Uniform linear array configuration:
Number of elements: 64
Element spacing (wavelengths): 0.75
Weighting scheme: hamming
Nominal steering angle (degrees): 45
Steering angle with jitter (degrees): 44.237
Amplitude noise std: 0.05
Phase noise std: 0.05

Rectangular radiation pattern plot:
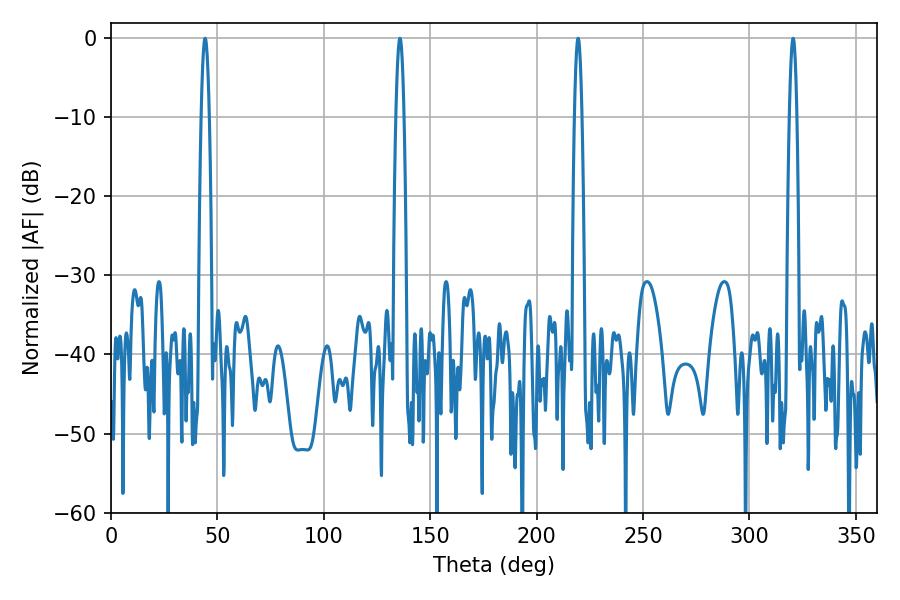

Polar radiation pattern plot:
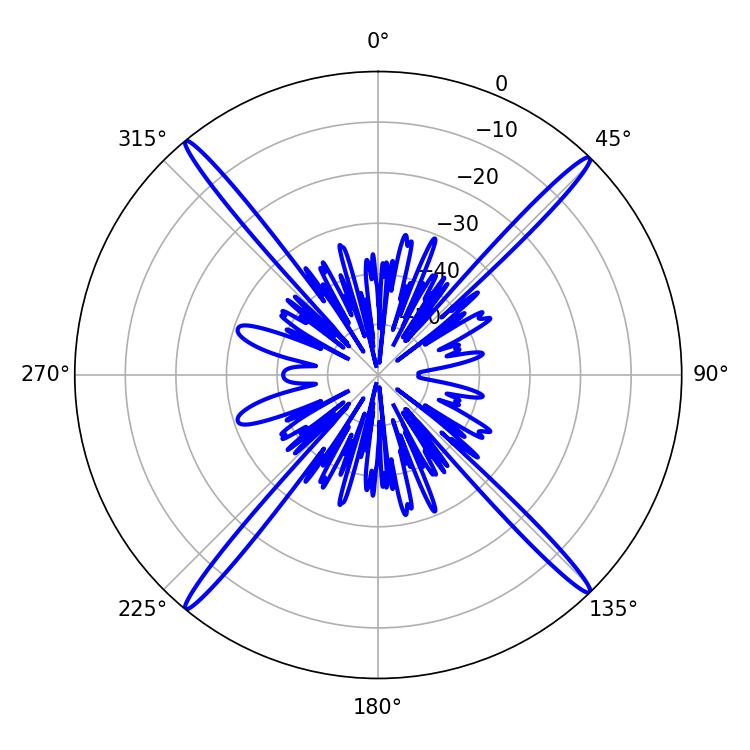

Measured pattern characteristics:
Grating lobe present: TRUE
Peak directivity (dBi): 23.716
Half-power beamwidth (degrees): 1.98
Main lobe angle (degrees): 44.28